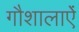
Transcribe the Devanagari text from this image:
गौशालाऐं